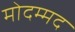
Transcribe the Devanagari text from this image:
मोदम्मद